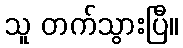
သူ တက်သွားပြီ။